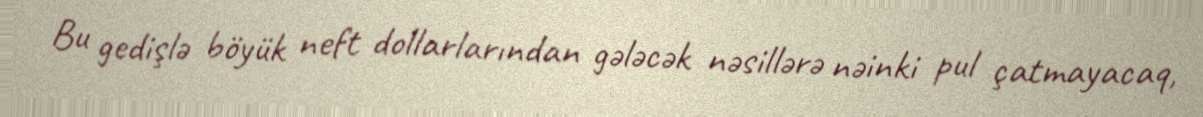
Bu gedişlə böyük neft dollarlarından gələcək nəsillərə nəinki pul çatmayacaq,